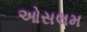
ઓસલમ